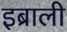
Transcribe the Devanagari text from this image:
इब्राली